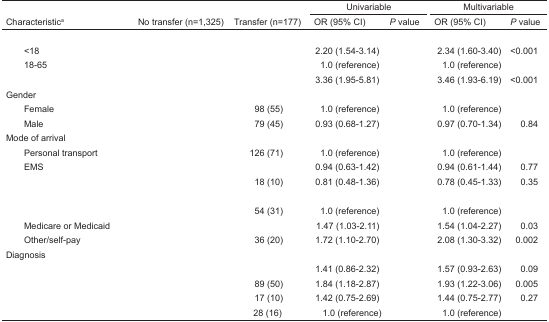
<table><thead><tr><td>[EMPTY_CELL]</td><td>[EMPTY_CELL]</td><td>[EMPTY_CELL]</td><td colspan="2"><b>Univariable</b></td><td colspan="2"><b>Multivariable</b></td></tr><tr><td><b>Characteristica</b></td><td><b>No transfer (n=1,325)</b></td><td><b>Transfer (n=177)</b></td><td><b>OR (95% CI)</b></td><td><b><i>P</i> value</b></td><td><b>OR (95% CI)</b></td><td><b><i>P</i> value</b></td></tr></thead><tbody><tr><td colspan="7">[EMPTY_CELL]</td></tr><tr><td> &lt;18</td><td>[EMPTY_CELL]</td><td>[EMPTY_CELL]</td><td>2.20 (1.54–3.14)</td><td>[EMPTY_CELL]</td><td>2.34 (1.60–3.40)</td><td>&lt;0.001</td></tr><tr><td> 18–65</td><td>[EMPTY_CELL]</td><td>[EMPTY_CELL]</td><td>1.0 (reference)</td><td>[EMPTY_CELL]</td><td>1.0 (reference)</td><td>[EMPTY_CELL]</td></tr><tr><td>[EMPTY_CELL]</td><td>[EMPTY_CELL]</td><td>[EMPTY_CELL]</td><td>3.36 (1.95–5.81)</td><td>[EMPTY_CELL]</td><td>3.46 (1.93–6.19)</td><td>&lt;0.001</td></tr><tr><td colspan="7">Gender</td></tr><tr><td> Female</td><td>[EMPTY_CELL]</td><td>98 (55)</td><td>1.0 (reference)</td><td>[EMPTY_CELL]</td><td>1.0 (reference)</td><td>[EMPTY_CELL]</td></tr><tr><td> Male</td><td>[EMPTY_CELL]</td><td>79 (45)</td><td>0.93 (0.68–1.27)</td><td>[EMPTY_CELL]</td><td>0.97 (0.70–1.34)</td><td>0.84</td></tr><tr><td colspan="7">Mode of arrival</td></tr><tr><td> Personal transport</td><td>[EMPTY_CELL]</td><td>126 (71)</td><td>1.0 (reference)</td><td>[EMPTY_CELL]</td><td>1.0 (reference)</td><td>[EMPTY_CELL]</td></tr><tr><td> EMS</td><td>[EMPTY_CELL]</td><td>[EMPTY_CELL]</td><td>0.94 (0.63–1.42)</td><td>[EMPTY_CELL]</td><td>0.94 (0.61–1.44)</td><td>0.77</td></tr><tr><td>[EMPTY_CELL]</td><td>[EMPTY_CELL]</td><td>18 (10)</td><td>0.81 (0.48–1.36)</td><td>[EMPTY_CELL]</td><td>0.78 (0.45–1.33)</td><td>0.35</td></tr><tr><td colspan="7">[EMPTY_CELL]</td></tr><tr><td>[EMPTY_CELL]</td><td>[EMPTY_CELL]</td><td>54 (31)</td><td>1.0 (reference)</td><td>[EMPTY_CELL]</td><td>1.0 (reference)</td><td>[EMPTY_CELL]</td></tr><tr><td> Medicare or Medicaid</td><td>[EMPTY_CELL]</td><td>[EMPTY_CELL]</td><td>1.47 (1.03–2.11)</td><td>[EMPTY_CELL]</td><td>1.54 (1.04–2.27)</td><td>0.03</td></tr><tr><td> Other/self-pay</td><td>[EMPTY_CELL]</td><td>36 (20)</td><td>1.72 (1.10–2.70)</td><td>[EMPTY_CELL]</td><td>2.08 (1.30–3.32)</td><td>0.002</td></tr><tr><td colspan="7">Diagnosis</td></tr><tr><td>[EMPTY_CELL]</td><td>[EMPTY_CELL]</td><td>[EMPTY_CELL]</td><td>1.41 (0.86–2.32)</td><td>[EMPTY_CELL]</td><td>1.57 (0.93–2.63)</td><td>0.09</td></tr><tr><td>[EMPTY_CELL]</td><td>[EMPTY_CELL]</td><td>89 (50)</td><td>1.84 (1.18–2.87)</td><td>[EMPTY_CELL]</td><td>1.93 (1.22–3.06)</td><td>0.005</td></tr><tr><td>[EMPTY_CELL]</td><td>[EMPTY_CELL]</td><td>17 (10)</td><td>1.42 (0.75–2.69)</td><td>[EMPTY_CELL]</td><td>1.44 (0.75–2.77)</td><td>0.27</td></tr><tr><td>[EMPTY_CELL]</td><td>[EMPTY_CELL]</td><td>28 (16)</td><td>1.0 (reference)</td><td>[EMPTY_CELL]</td><td>1.0 (reference)</td><td>[EMPTY_CELL]</td></tr></tbody></table>